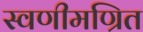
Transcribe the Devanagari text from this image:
स्वणीमण्रित